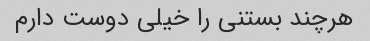
هرچند بستنی را خیلی دوست دارم